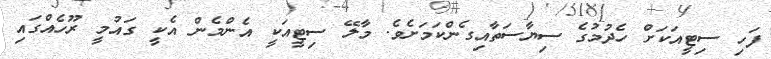
ފަހި ސިޓީއަކަށް ހެދުމުގެ ސިޔާސަތާއިގެންކަމަށެވެ. މާލޭ ސިޓީއަކީ އެންމެން އެކީ ގައުމީ ރޫހެއްގައި